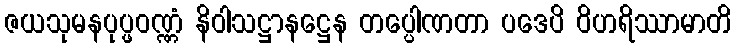
ဇယသုမနပုပ္ဖဝဏ္ဏံ နိဝါသဋ္ဌာနဋ္ဌေန တပ္ပေါဏတာ ပဒေပိ ဝိဟရိဿာမာတိ